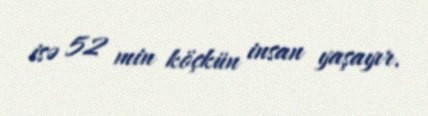
isə 52 min köçkün insan yaşayır.